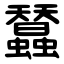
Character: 蠺